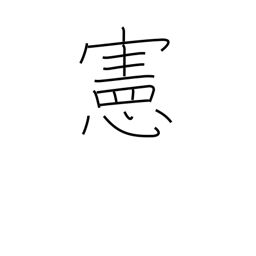
Meaning: law